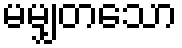
မမျှတသော